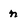
Character: n